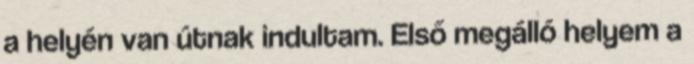
a helyén van útnak indultam. Első megálló helyem a